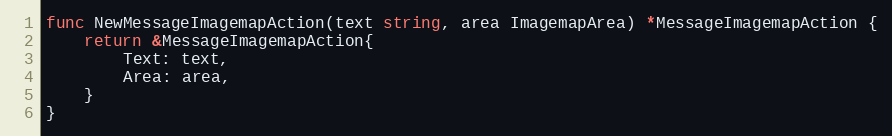
Language: Go
func NewMessageImagemapAction(text string, area ImagemapArea) *MessageImagemapAction {
	return &MessageImagemapAction{
		Text: text,
		Area: area,
	}
}